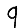
Digit: 9